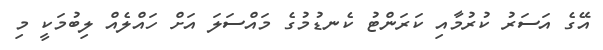
އޭގެ އަސަރު ކުރުމާއި ކަރަންޓު ކެނޑުމުގެ މައްސަލަ އަށް ހައްލެއް ލިބުމަކީ މި